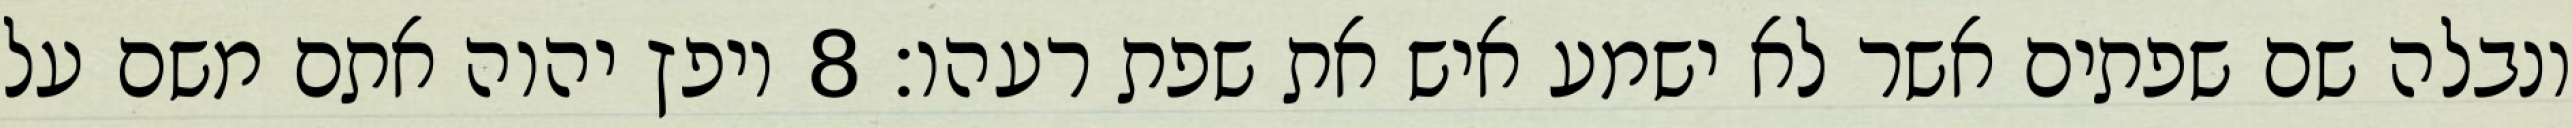
ונבלה שם שפתים אשר לא ישמע איש את שפת רעהו׃ ‎8‏ ויפץ יהוה אתם משם על